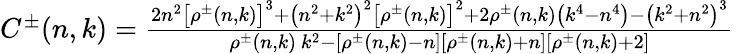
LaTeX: \begin{array}{r}{C^{\pm}(n,k)=\frac{2n^{2}\left[\rho^{\pm}(n,k)\right]^{3}+\left(n^{2}+k^{2}\right)^{2}\left[\rho^{\pm}(n,k)\right]^{2}+2\rho^{\pm}(n,k)\left(k^{4}-n^{4}\right)-\left(k^{2}+n^{2}\right)^{3}}{\rho^{\pm}(n,k)~k^{2}-\left[\rho^{\pm}(n,k)-n\right]\left[\rho^{\pm}(n,k)+n\right]\left[\rho^{\pm}(n,k)+2\right]}}\end{array}